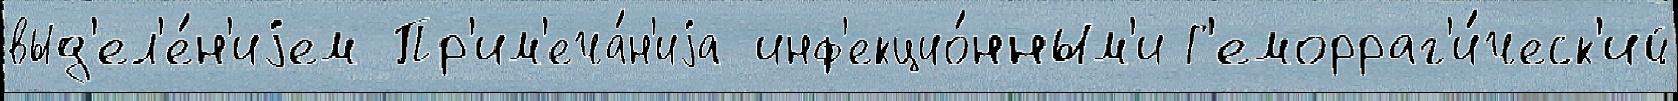
выд'ел'е́н'иjем Пр'им'еча́н'иjа инф'екцио́нным'и Г'еморраг'и́ческ'ий